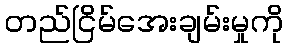
တည်ငြိမ်အေးချမ်းမှုကို